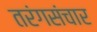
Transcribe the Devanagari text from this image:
तरंगसंचार